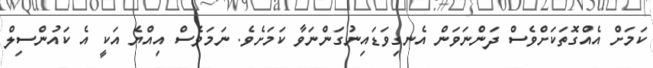
ކަަމަށް އެއްގޮތަކަށްވެސް ދަންނަވަން އެނގިވަޑައިނުގަންނަވާ ކަމަށެވެ. ނަމަވެސް އިއްޔެ އަކީ އެ ކައުންސިލް